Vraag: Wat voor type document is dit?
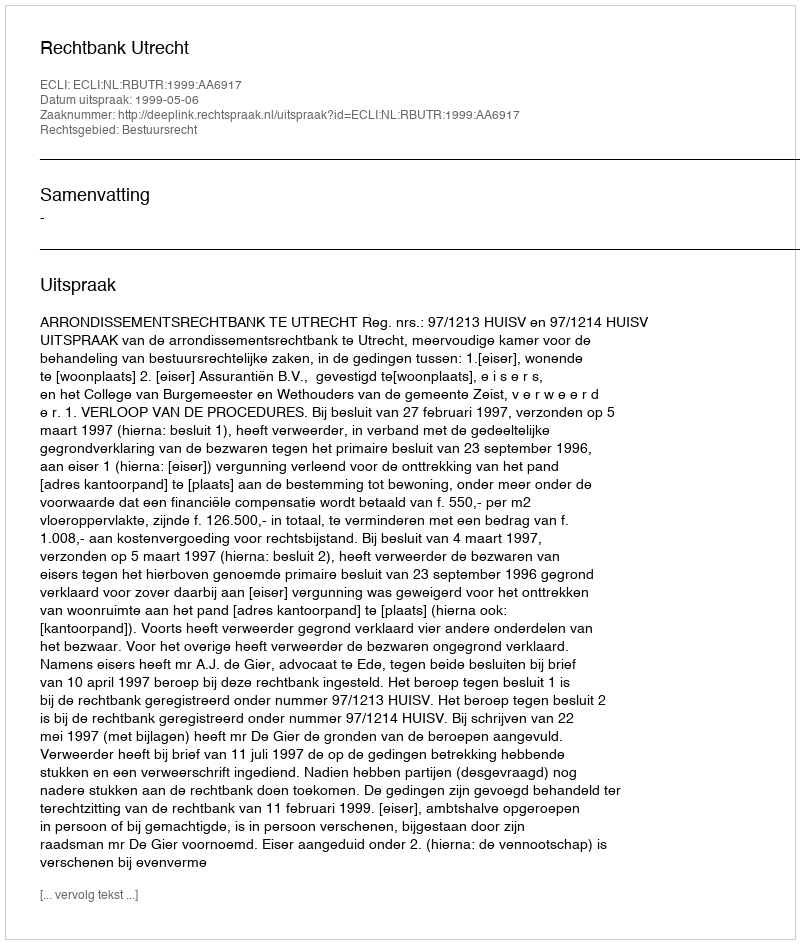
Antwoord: Uitspraak